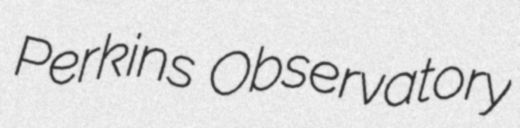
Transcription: Perkins Observatory